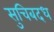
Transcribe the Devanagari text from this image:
सुचिबदध